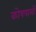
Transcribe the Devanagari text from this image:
कोषपालों